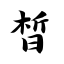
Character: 皙